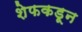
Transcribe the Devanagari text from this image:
शेफकडून